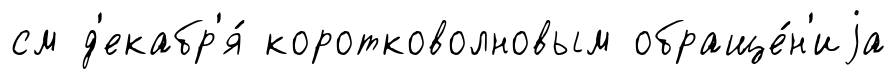
см д'екабр'я́ коротковолновым обраще́н'иjа